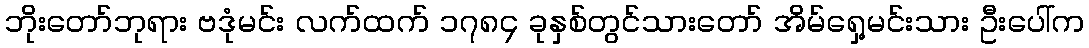
ဘိုးတော်ဘုရား ဗဒုံမင်း လက်ထက် ၁၇၈၄ ခုနှစ်တွင်သားတော် အိမ်ရှေ့မင်းသား ဦးပေါ်က